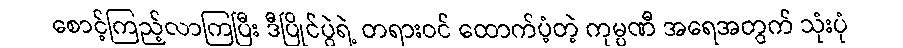
စောင့်ကြည့်လာကြပြီး ဒီပြိုင်ပွဲရဲ့ တရားဝင် ထောက်ပံ့တဲ့ ကုမ္ပဏီ အရေအတွက် သုံးပုံ